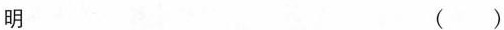
明 ()